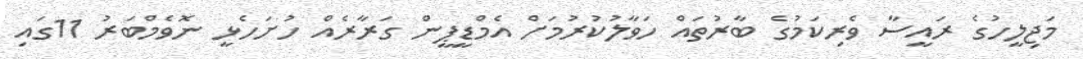
މަޖިލީހުގެ ރައީސާ ވެރިކަމުގެ ބާރުތައް ހަވާލުކުރުމަށް އެމްޑީޕީން ގަރާރެއް ހުށަހެޅީ ނޮވެމްބަރު 11ގައި